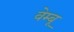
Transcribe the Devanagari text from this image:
वेम्बू